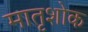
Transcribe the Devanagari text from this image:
मातृशोक